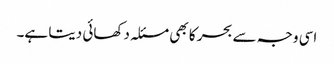
اسی وجہ سے بحر کا بھی مسئلہ دکھائی دیتا ہے۔